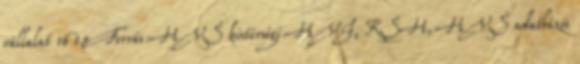
vállalat 16 15 Forrás:HVS kistérségi HVI, KSH, HVS adatbázis